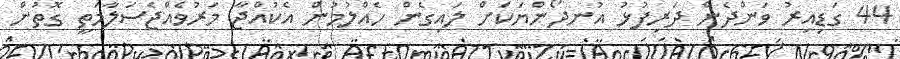
44 ގަޑިއިރު ވަންދެން ދަރިފުޅު އުނދޯންޔަކަށް ލައިގެން ހެއްލުމުން އެކުއްޖާ މަރުވެއްޖެސަލާމަތީ ގޮތުން